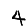
Digit: 4